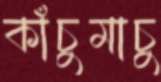
কাঁচুমাচু